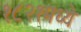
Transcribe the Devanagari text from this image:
१८२१मध्ये